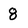
Character: 8